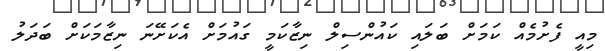
މިއީ ފެށުމެއް ކަމަށް ބަލައި ކައުންސިލް ނިޒާކަމީ ގައުމަށް އެކަށޭނަ ނިޒާމަކަށް ބަދަލު